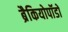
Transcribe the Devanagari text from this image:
ब्रैकियोपॉडों